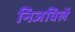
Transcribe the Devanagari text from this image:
निजविलें